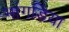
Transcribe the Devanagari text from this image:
भांगडिया